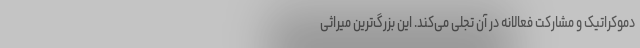
دموکراتیک و مشارکت فعالانه در آن تجلی می‌کند. این بزرگ‌ترین میراثی